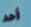
أحد